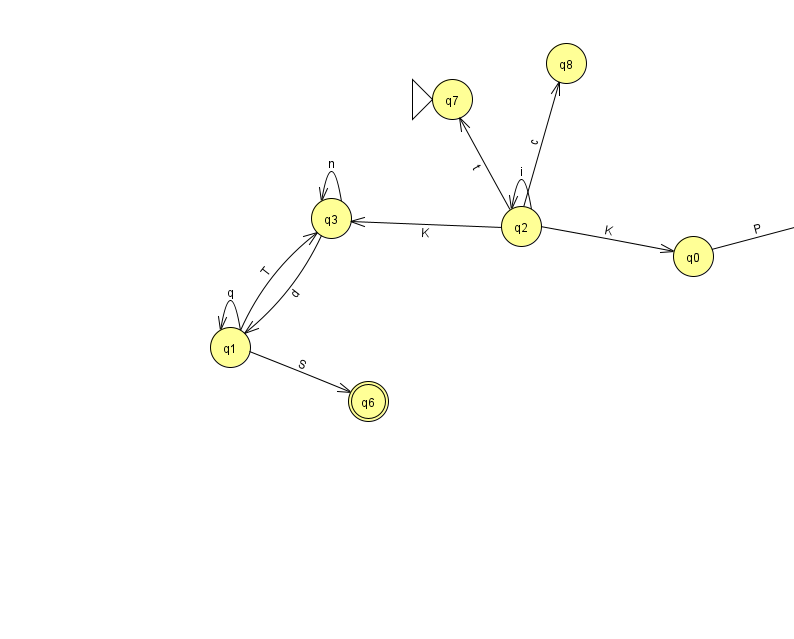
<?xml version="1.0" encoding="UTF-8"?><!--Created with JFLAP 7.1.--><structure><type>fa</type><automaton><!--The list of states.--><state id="0" name="q0"><x>693.0</x><y>243.0</y></state><state id="1" name="q1"><x>230.0</x><y>334.0</y></state><state id="2" name="q2"><x>521.0</x><y>213.0</y></state><state id="3" name="q3"><x>331.0</x><y>205.0</y></state><state id="5" name="q5"><x>828.0</x><y>208.0</y></state><state id="6" name="q6"><x>368.0</x><y>388.0</y><final/></state><state id="7" name="q7"><x>452.0</x><y>86.0</y><initial/></state><state id="8" name="q8"><x>566.0</x><y>50.0</y></state><!--The list of transitions.--><transition><from>0</from><to>5</to><read>P</read></transition><transition><from>1</from><to>1</to><read>q</read></transition><transition><from>1</from><to>3</to><read>T</read></transition><transition><from>3</from><to>1</to><read>d</read></transition><transition><from>2</from><to>7</to><read>t</read></transition><transition><from>2</from><to>2</to><read>i</read></transition><transition><from>2</from><to>8</to><read>c</read></transition><transition><from>1</from><to>6</to><read>S</read></transition><transition><from>2</from><to>3</to><read>K</read></transition><transition><from>2</from><to>0</to><read>K</read></transition><transition><from>3</from><to>3</to><read>n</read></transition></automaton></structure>